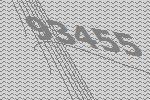
93455